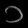
Digit: ၁